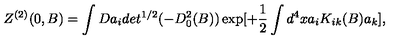
Z ^ { ( 2 ) } ( 0 , B ) = \int D a _ { i } d e t ^ { 1 / 2 } ( - D _ { 0 } ^ { 2 } ( B ) ) \exp [ + \frac { 1 } { 2 } \int d ^ { 4 } x a _ { i } K _ { i k } ( B ) a _ { k } ] ,